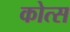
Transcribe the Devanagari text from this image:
कोत्स